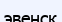
эвенск